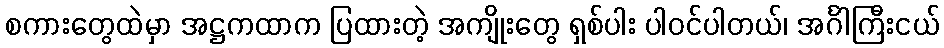
စကားတွေထဲမှာ အဋ္ဌကထာက ပြထားတဲ့ အကျိုးတွေ ရှစ်ပါး ပါဝင်ပါတယ်၊ အင်္ဂါကြီးငယ်